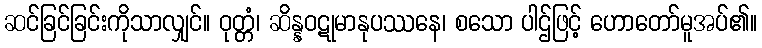
ဆင်ခြင်ခြင်းကိုသာလျှင်။ ဝုတ္တံ၊ ဆိန္နဝဋုမာနုပဿနေ၊ စသော ပါဌ်ဖြင့် ဟောတော်မူအပ်၏။